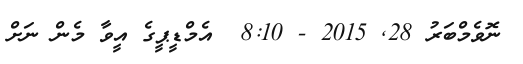
ނޮވެމްބަރު 28